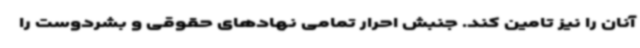
آنان را نیز تامین کند. جنبش احرار تمامی نهادهای حقوقی و بشردوست را